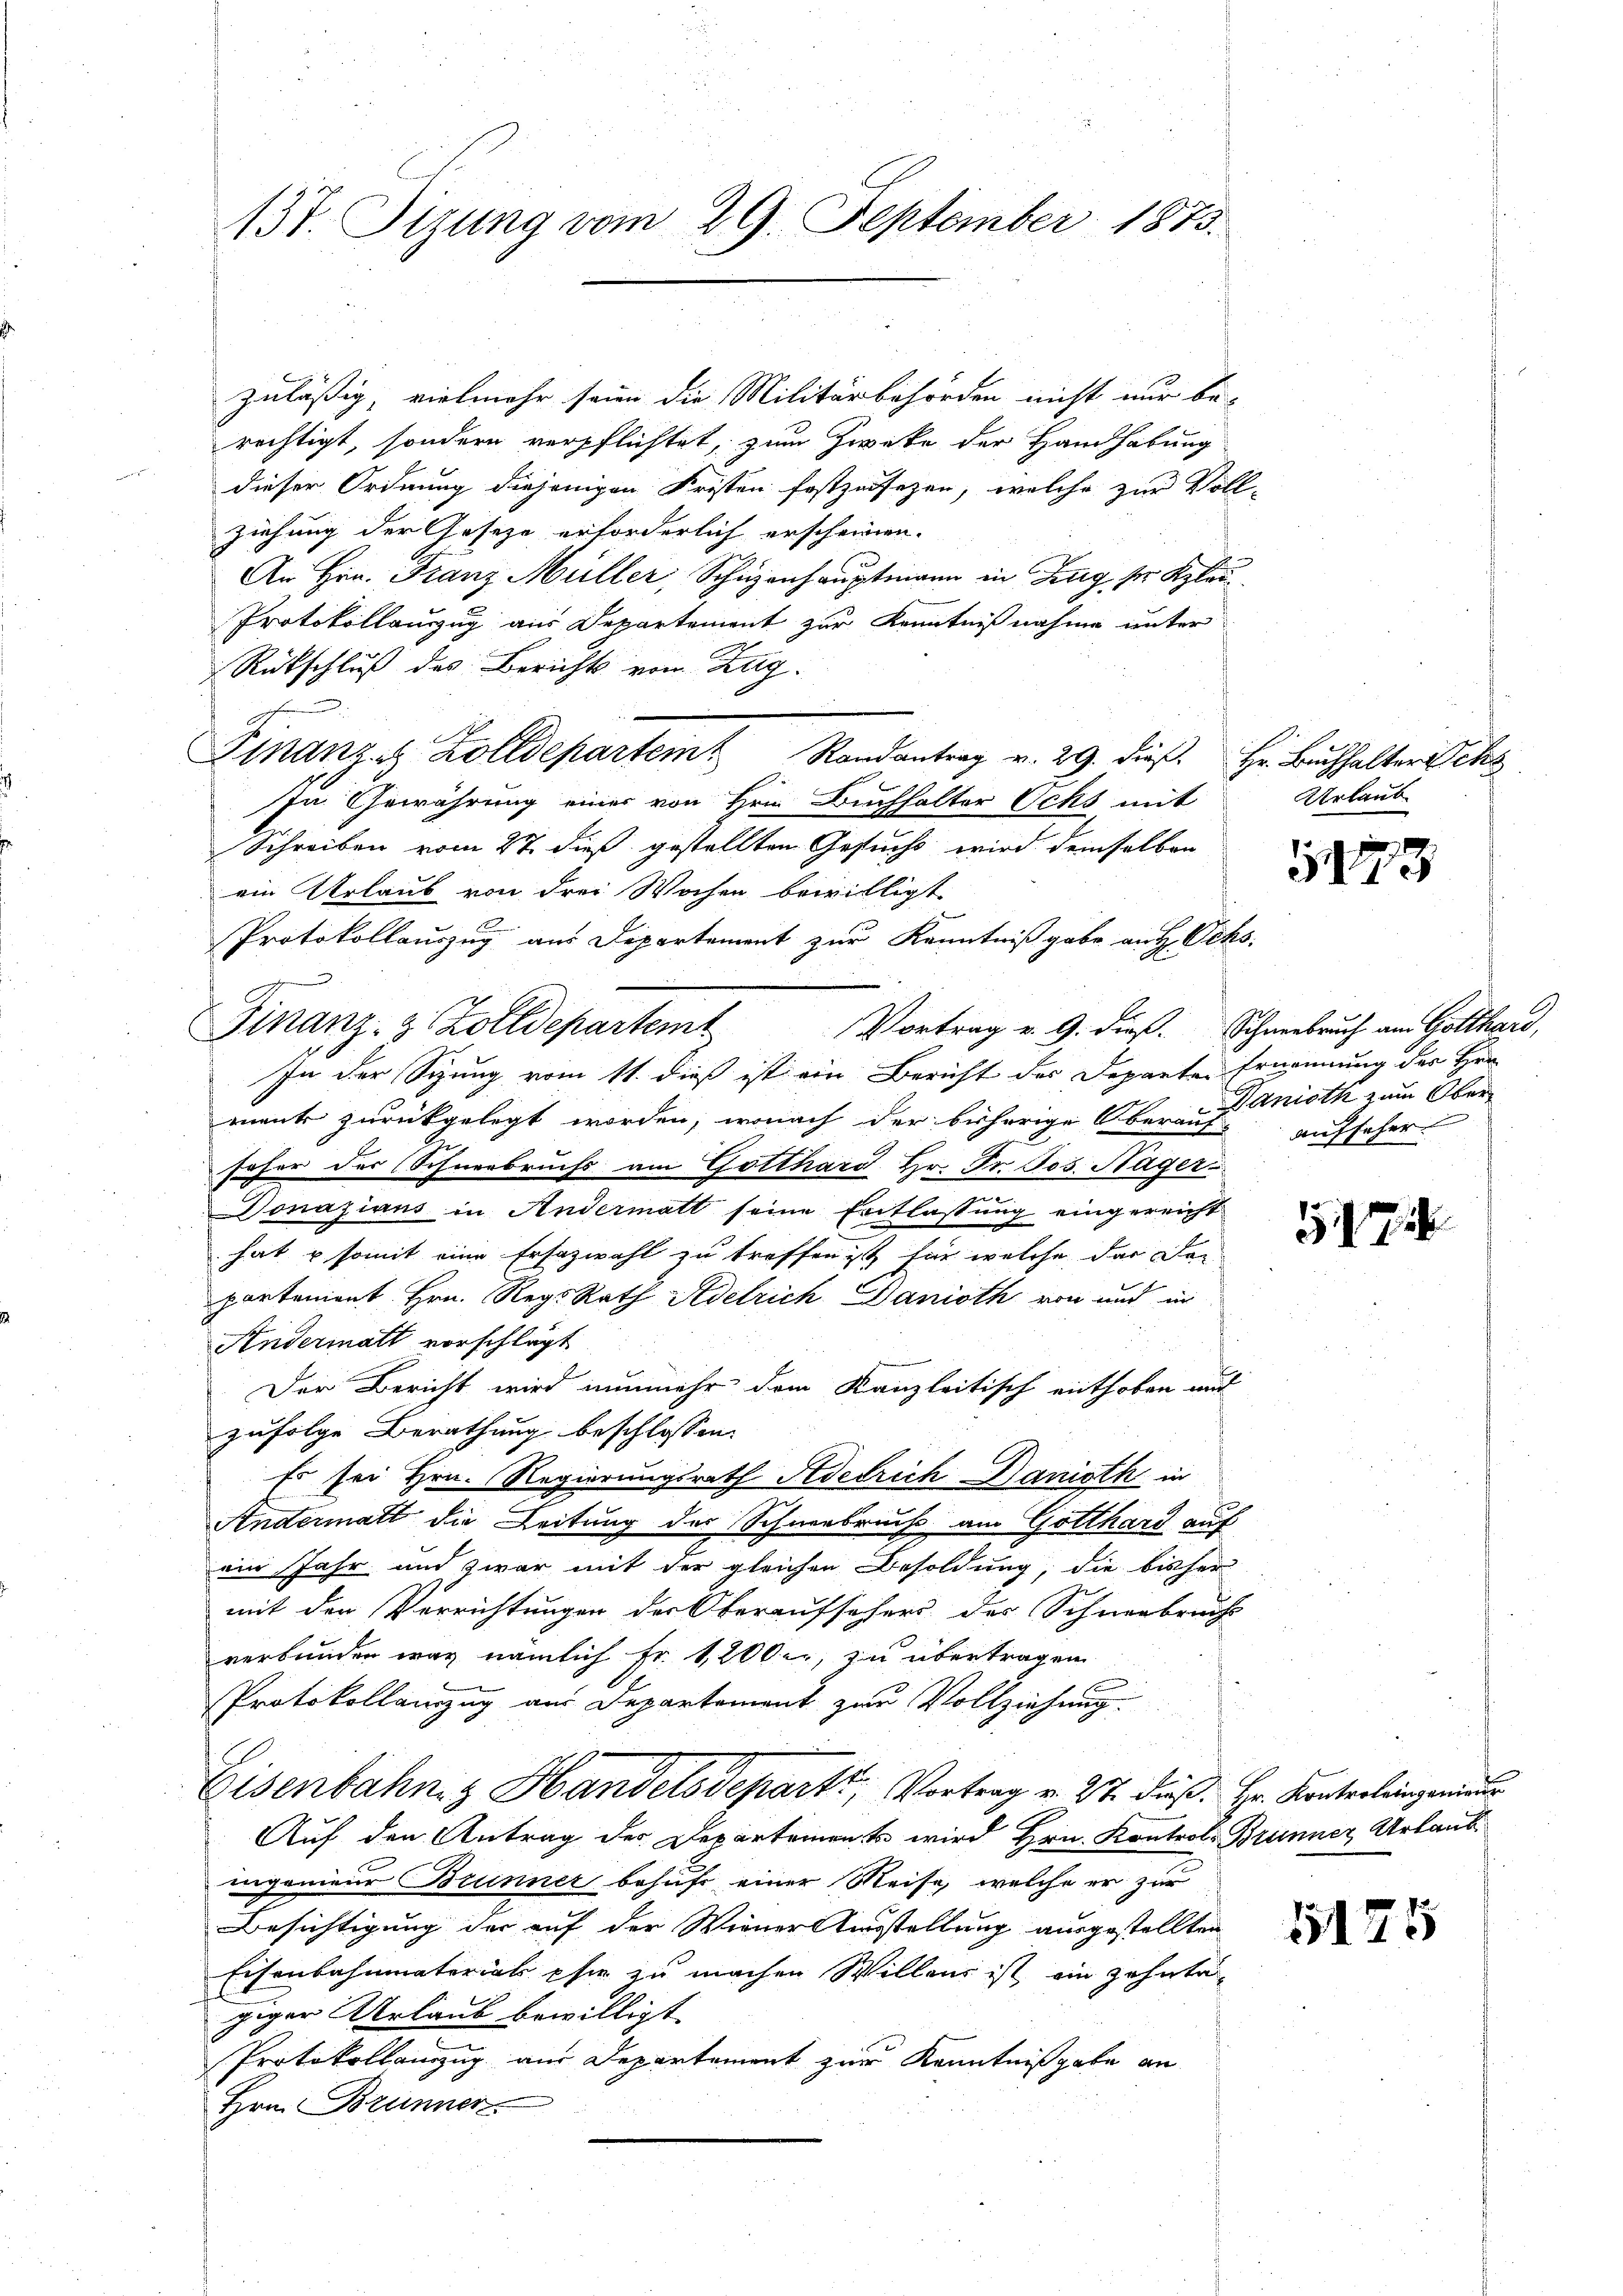
137. Tizung vom 29. September 1873.

zuläßig, vielmehr seien die Militärbehörden nicht nur be-
rechtigt, sondern verpflichtet, zum Zwecke der Handhabung
dieser Ordnung diejenigen Fristen festzusezen, welche zur Voll-
ziehung der Geseze erforderlich erscheinen.
An Hrn. Franz Müller, Schüzenhauptmann in Zug ser Klau¬
Protokollauszug aus Departement zur Kenntnißnahme unter
Rückschluß des Berichts vom Zug.
Finanze Zolldepartem Randantrag v. 29. dieß Hr. Bŭchhalter Schl
In Gewährung einer von Hrn. Buchhalter Ochs mit
Schreiben vom 27. dieß gestellten Gesuchs wird demselben
ein Urlaub von drei Wochen bewilligt
Protokollauszug aus Departement zur Kenntnißgabe aus Ochs
)
Vortrag v. 9. dieß. Schneebruch am Gotthard,
In der Sitzung vom 11. dieß ist ein Bericht des Departe Ernennung der Hrn.
mante zurückgelegt worden, wonach der bisherige Oberauf aufseher
soher der Schneebruchs am Gotthard Hr. Fr. Jos. Hager-
Donazians in Andermatt seine Entlassung eingereicht
hat & somit eine Ersazwahl zu treffen ist für welche der der
partement Hrn. Reg. Rath Adelrich Danioth von und in
Andermatt vorschlägt
Der Bericht wird nunmehr dem Kanzleitisch enthoben auc
zufolge Berathung beschlossen:
Es sei Hrn. Regierungsrath Riedrich Danisth in
Andermatt die Leitung der Schneebruch am Gotthard auf
ein Jahr und zwar mit der gleichen Besoldung, die bisher
mit den Verrichtungen der Oberaufsehers des Schneebruchs
verbunden war nämlich Fr. 1200 er, zu übertragen
Protokollanzug aus Departement zur Vollziehung.
E
Eisenbahng Handelsdepart, Vortrag v. 27. dieß Hr. Kontrolingenieur
Auf den Antrag der Departement wird Hrn. Kontrol- Brunner Urlaub
ingenieur Brunner behuf einer Weise, welche er zur
Besichtigung der auf der Wiener Ausstellung ausgestellten
Eisenbahnmaterials phie zu machen Willens ist ein Zehntagiger Urlaub bewilligt.
Protokollanzug aus Departement zur Kenntnißgabe an
Hrn. Brunner

Finanz- & Zolldepartemt

Urlaub

3173

Panioth zum Ober

117

5125